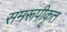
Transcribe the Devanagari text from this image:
समरूपीकृत